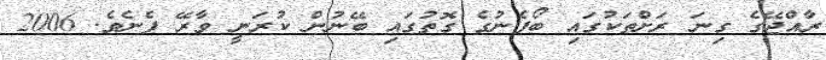
ރާއްޖޭގެ ގިނަ ރަށްތަކުގައި ބޯފެނުގެ ގޮތުގައި ބޭނުން ކުރަނީ ވާރޭ ފެނެވެ. 2006